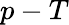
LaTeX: p-T